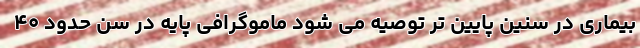
بیماری در سنین پایین تر توصیه می شود ماموگرافی پایه در سن حدود ۴۰